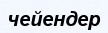
чейендер